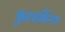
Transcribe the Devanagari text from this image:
फुटवर्किन्ग्ज़